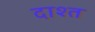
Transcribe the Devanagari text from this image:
दाश्त